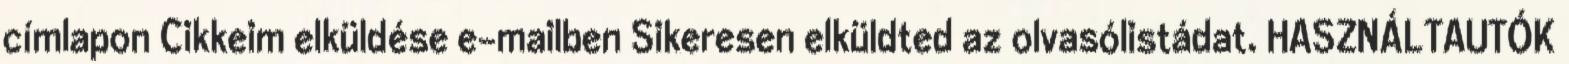
címlapon Cikkeim elküldése e-mailben Sikeresen elküldted az olvasólistádat. HASZNÁLTAUTÓK